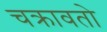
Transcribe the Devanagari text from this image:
चक्रावतो